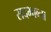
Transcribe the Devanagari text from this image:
सदभाव्ना